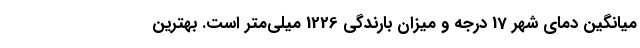
میانگین دمای شهر 17 درجه و میزان بارندگی 1226 میلی‌متر است. بهترین